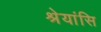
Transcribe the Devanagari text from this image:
श्रेयांसि